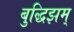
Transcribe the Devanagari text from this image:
बुद्धिझम्